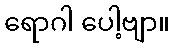
ရောဂါ ပေါ့ဗျာ။